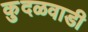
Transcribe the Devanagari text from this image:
कुदळवाडी